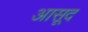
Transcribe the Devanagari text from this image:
आसूद